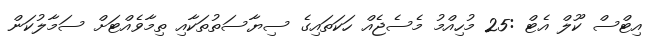
އިޓްސް ކޫލް އެޓް :25 މުހިއްމު މެސެޖެއް ހަކަތައިގެ ސިޔާސަތުތަކާއި ތިމާވެއްޓަށް ސަމާލުކަން